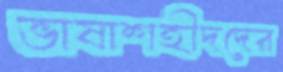
ভাষাশহীদদের